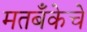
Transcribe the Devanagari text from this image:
मतबँकेचे